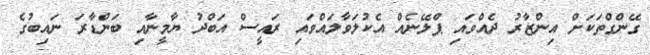
ގޭންގްތަކަށް އިންޒާރު ދެއްވައި ޕްލޭނެއް އެކުލަވާލައްވައި ރައީސް އަބްދު ޔާމީނާއި ބަންޑާރަ ނައިބުގެ